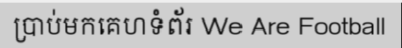
ប្រាប់មកគេហទំព័រ We Are Football